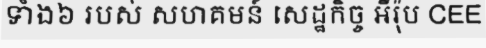
ទាំង៦ របស់ សហគមន៍ សេដ្ឋកិច្ច អឺរ៉ុប CEE